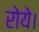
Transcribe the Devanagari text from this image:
रोये।